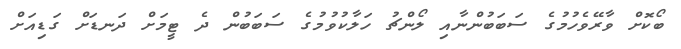
ބޯކޮށް ވާރޭވެހުމުގެ ސަބަބުންނާއި ލޯންޗު ހަލާކުވުމުގެ ސަބަބުން ދެ ޓީމަށް ދަނޑަށް ގަޑިއަށް